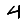
Digit: 4